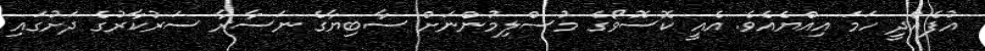
އުފެއްދީ ހަމަ އިއްޔެއެވެ. އެއީ ކޮސޮވޯގެ މުސްލިމުންނަށް ސާބިޔާގެ ނަސާރާ ސަރުކާރުގެ ދަށުގައި